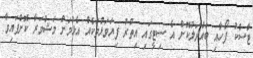
ޓާސްކު ފޯހާއި ބައްދަލުކޮށް އެ ސިޓީގައި އިތުރު ފިޔަވަޅުތަކެއް އެޅުމަށް މަޝްވަރާ ކޮށްފައިވާ